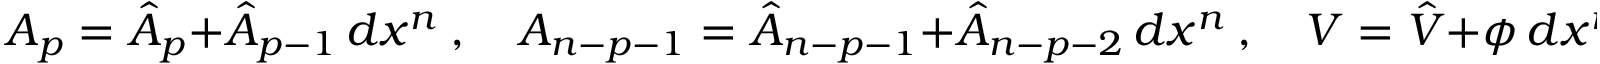
A _ { p } = \hat { A } _ { p } + \hat { A } _ { p - 1 } \, d x ^ { n } \ , \quad A _ { n - p - 1 } = \hat { A } _ { n - p - 1 } + \hat { A } _ { n - p - 2 } \, d x ^ { n } \ , \quad V = \hat { V } + \phi \, d x ^ { n } \ .